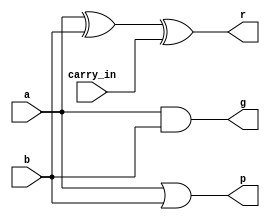
`timescale 1ns / 1ps

//https://www.zhihu.com/question/34428833?from=profile_question_card
module adder_1bit(a,b,carry_in,r,g,p);
    input a; //1
    input b; //1
    input carry_in; //
    output r; //
    output g; //
    output p; //
    
    assign r=a^b^carry_in;
    assign g=a&b;
    assign p=a|b;
    
endmodule